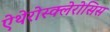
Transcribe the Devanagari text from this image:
ऐथेरोस्क्लेरोसिस